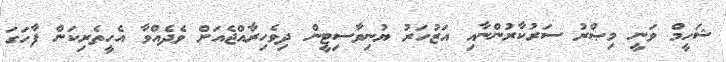
ޝަހީމް ވަނީ މިޞްރު ސަރުކާރުންނާއި އަޒުހަރު ޔުނިވާސިޓީން ދިވެހިރާއްޖެއަށް ވެދެއްވާ އެހީތެރިކަން ފާހަގަ